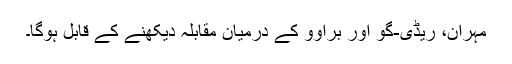
مہران، ریڈی-گو اور براوو کے درمیان مقابلہ دیکھنے کے قابل ہوگا۔